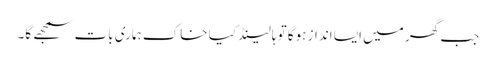
جب گھر میں ایسا انداز ہوگا تو ہالینڈ کیا خاک ہماری بات سمجھے گا۔